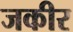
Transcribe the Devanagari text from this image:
जकीर